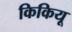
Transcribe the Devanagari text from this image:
किकियू